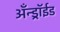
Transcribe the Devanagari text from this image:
अँन्ड्रॉईड